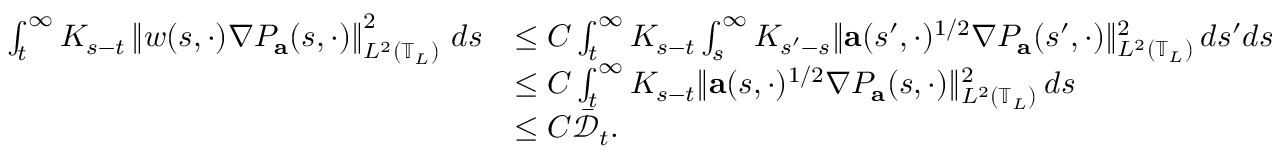
\begin{array} { r l } { \int _ { t } ^ { \infty } K _ { s - t } \left\| w ( s , \cdot ) \nabla P _ { \mathbf { a } } ( s , \cdot ) \right\| _ { L ^ { 2 } \left( \mathbb { T } _ { L } \right) } ^ { 2 } \, d s } & { \leq C \int _ { t } ^ { \infty } K _ { s - t } \int _ { s } ^ { \infty } K _ { s ^ { \prime } - s } \| \mathbf { a } ( s ^ { \prime } , \cdot ) ^ { 1 / 2 } \nabla P _ { \mathbf { a } } ( s ^ { \prime } , \cdot ) \| _ { L ^ { 2 } \left( \mathbb { T } _ { L } \right) } ^ { 2 } \, d s ^ { \prime } d s } \\ & { \leq C \int _ { t } ^ { \infty } K _ { s - t } \| \mathbf { a } ( s , \cdot ) ^ { 1 / 2 } \nabla P _ { \mathbf { a } } ( s , \cdot ) \| _ { L ^ { 2 } \left( \mathbb { T } _ { L } \right) } ^ { 2 } \, d s } \\ & { \leq C \bar { \mathcal { D } } _ { t } . } \end{array}